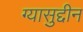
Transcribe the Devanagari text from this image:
ग्यासुद्दीन